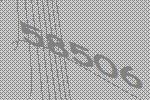
58506